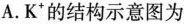
A. K^{+}的结构示意图为